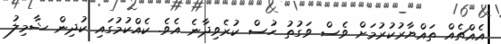
އެއްޗެއް ތައްޔާރުކުރުމަށް ވެސް ވަގުތު ހުސް ކުރެވިދާނެ އެވެ. ކެއްކުމުގައި ކުދިން ޝާމިލު